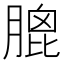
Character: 膍